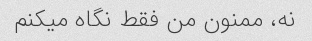
نه، ممنون من فقط نگاه میکنم